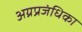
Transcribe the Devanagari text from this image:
अग्रप्रजंधिका